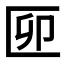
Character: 𠥰